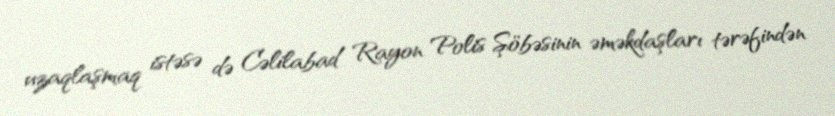
uzaqlaşmaq istəsə də Cəlilabad Rayon Polis Şöbəsinin əməkdaşları tərəfindən